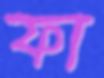
ফা